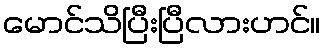
မောင်သိပြီးပြီလားဟင်။